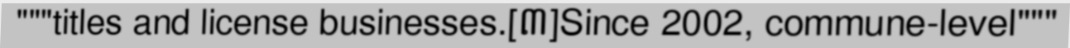
"""titles and license businesses.[៣]Since 2002, commune-level"""